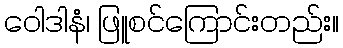
ဝေါဒါနံ၊ ဖြူစင်ကြောင်းတည်း။